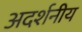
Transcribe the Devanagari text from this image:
अदर्शनीय